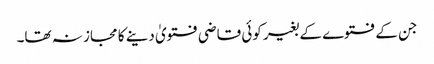
جن کے فتوے کے بغیر کوئی قاضی فتویٰ دینے کا مجاز نہ تھا۔